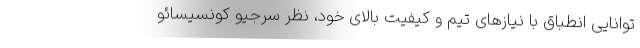
توانایی انطباق با نیازهای تیم و کیفیت بالای خود، نظر سرجیو کونسیسائو